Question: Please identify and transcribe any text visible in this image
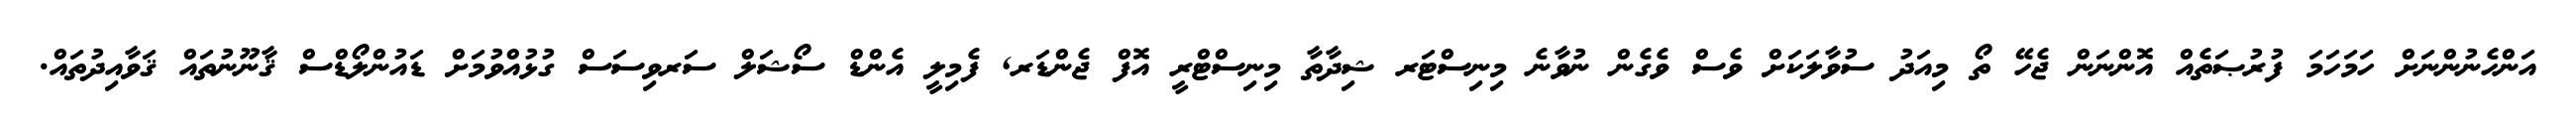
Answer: އަންހެނުންނަށް ހަމަހަމަ ފުރުޞަތެއް އޮންނަން ޖެހޭ ތޯ މިއަދު ސުވާލަކަށް ވެސް ވެގެން ނުވާނެ މިނިސްޓަރ ޝިދާތާ މިނިސްޓްރީ އޮފް ޖެންޑަރ, ފެމިލީ އެންޑް ސޯޝަލް ސަރވިސަސް ގުޅުއްވުމަށް ޑައުންލޯޑްސް ޤާނޫނުތައް ޤަވާއިދުތައް.